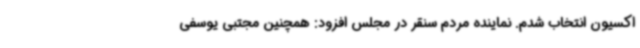
اکسیون انتخاب شدم. نماینده مردم سنقر در مجلس افزود: همچنین مجتبی یوسفی